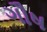
ગૌષ